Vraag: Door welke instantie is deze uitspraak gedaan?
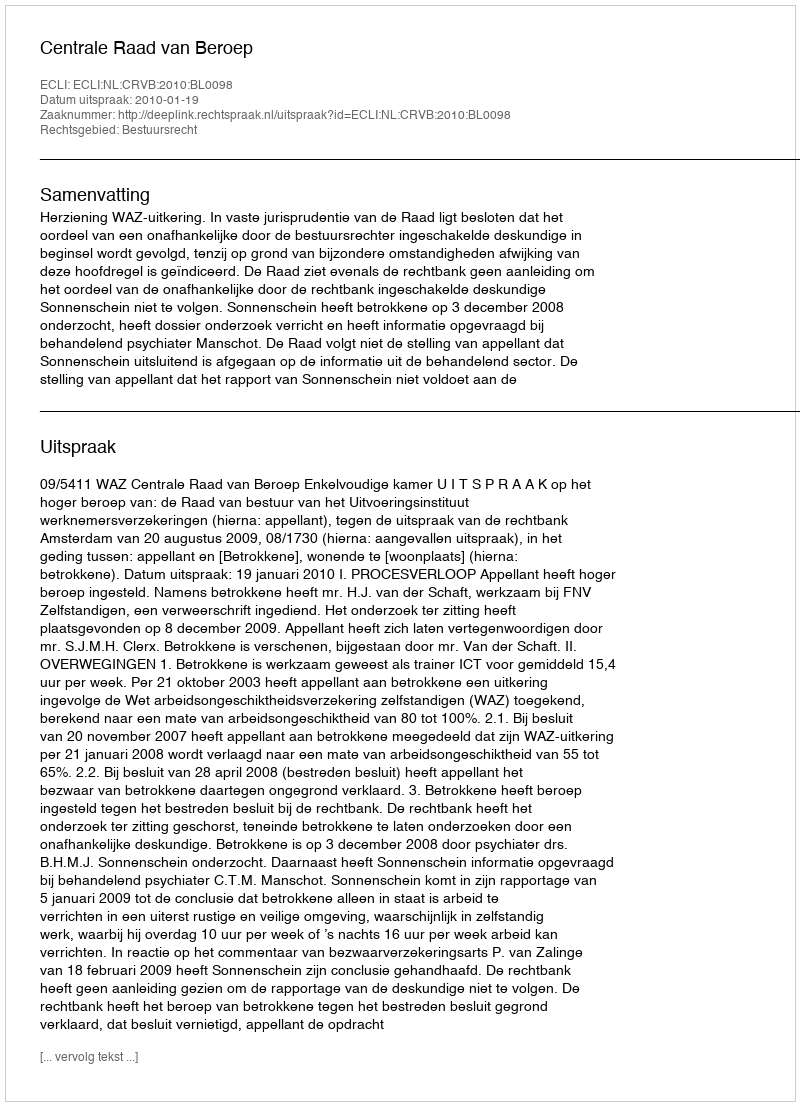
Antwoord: Centrale Raad van Beroep